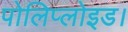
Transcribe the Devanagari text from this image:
पोलिप्लोइड।